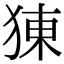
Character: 𤟈